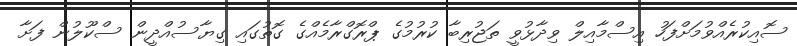
ސޮއިކުރެއްވުމަށްފަހު އިސްމާއިލް ވިދާޅުވީ ތަޖުރިބާ ކުރުމުގެ ޕްރޮގްރާމެއްގެ ގޮތުގައި ގިޔާސުއްދީން ސްކޫލުން ފަށާ